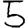
Digit: 5